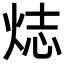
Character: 𬊌